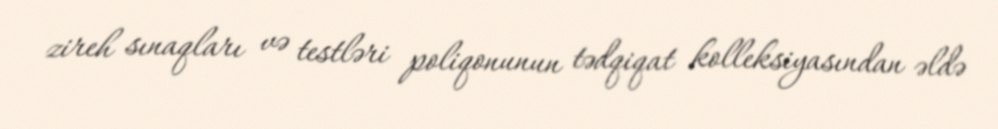
zireh sınaqları və testləri poliqonunun tədqiqat kolleksiyasından əldə